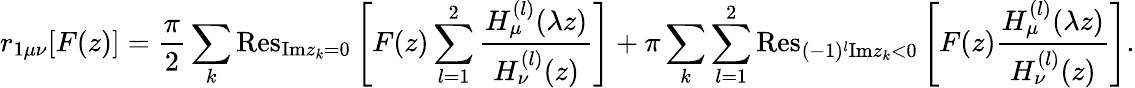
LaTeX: r_{1\mu\nu}[F(z)]=\frac{\pi}{2}\sum_{k}{\mathrm{Res}}_{{\mathrm{Im}}z_{k}=0}\left[F(z)\sum_{l=1}^{2}\frac{H_{\mu}^{(l)}(\lambda z)}{H_{\nu}^{(l)}(z)}\right]+\pi\sum_{k}\sum_{l=1}^{2}{\mathrm{Res}}_{(-1)^{l}{\mathrm{Im}}z_{k}<0}\left[F(z)\frac{H_{\mu}^{(l)}(\lambda z)}{H_{\nu}^{(l)}(z)}\right].